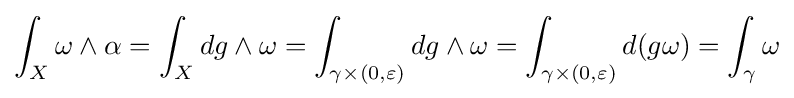
\int _{X}\omega \wedge \alpha =\int _{X}dg\wedge \omega =\int _{\gamma \times (0,\varepsilon )}dg\wedge \omega =\int _{\gamma \times (0,\varepsilon )}d(g\omega )=\int _{\gamma }\omega